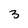
Character: 3